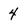
Character: 4